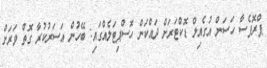
ޕްރޮފެސާ ހަސަން އުގެއިލް ޑޮކްޓަރަށް ދައްކަން ހޮސްޕިޓަލެއްގައި: ބޭހުން އަސަރުކުރާ ގޮތް ވަރަށް